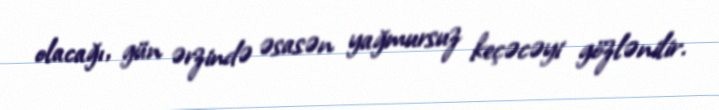
olacağı, gün ərzində əsasən yağmursuz keçəcəyi gözlənilir.